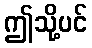
ဤသို့ပင်